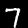
Label: 7